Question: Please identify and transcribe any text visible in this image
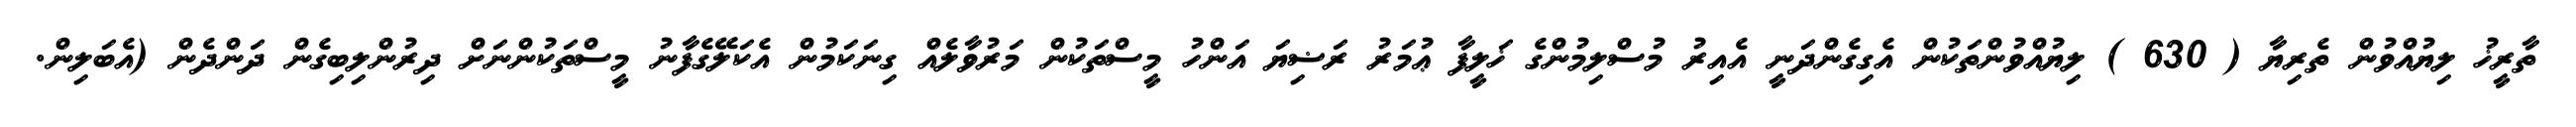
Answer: ތާރީޚު ލިޔުއްވުން ތެރިޔާ ( 630 ) ލިޔުއްވުންތަކުން އެގިގެންދަނީ އެއިރު މުސްލިމުންގެ ޚަލީފާ ޢުމަރު ރަޟިޔަ އަންހު މީސްތަކުން މަރުވާލެއް ގިނަކަމުން އެކަލޭގެފާނު މީސްތަކުންނަށް ދިރުންލިބިގެން ދަންދެން (އެބަލިން.